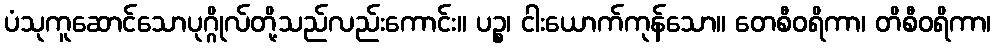
ပံသုကူဆောင်သောပုဂ္ဂိုလ်တို့သည်လည်းကောင်း။ ပဉ္စ၊ ငါးယောက်ကုန်သော။ တေစီဝရိကာ၊ တိစီဝရိကာ၊